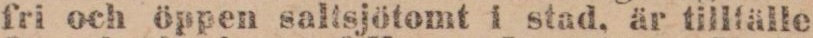
fri och öppen saltsjötomt i stad, är tillfälle